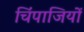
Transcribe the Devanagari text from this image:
चिंपाजियों